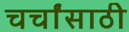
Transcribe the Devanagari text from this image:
चर्चांसाठी